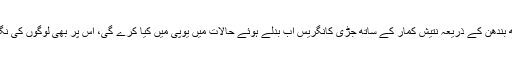
مہا گٹھ بندھن کے ذریعہ نتیش کمار کے ساتھ جڑی کانگریس اب بدلے ہوئے حالات میں یوپی میں کیا کرے گی، اس پر بھی لوگوں کی نگاہ ہے۔